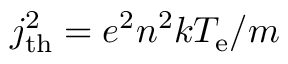
j _ { \mathrm { t h } } ^ { 2 } = e ^ { 2 } n ^ { 2 } k T _ { \mathrm { e } } / m